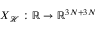
\ensuremath { \boldsymbol { X } } _ { \mathcal { H } } : \mathbb { R } \to \mathbb { R } ^ { 3 N + 3 N }